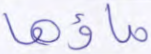
ماؤها